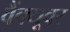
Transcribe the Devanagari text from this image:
वैंक्यूवर